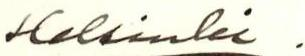
Helsinki .